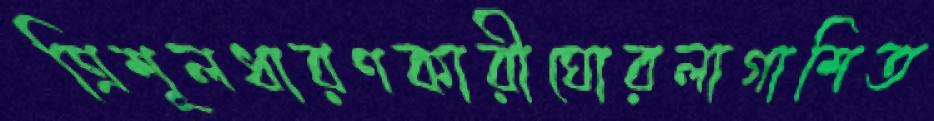
ত্রিশূলধারণকারীঘোরলাগাশিত